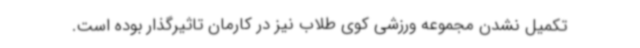
تکمیل نشدن مجموعه ورزشی کوی طلاب نیز در کارمان تاثیرگذار بوده است.